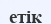
етік